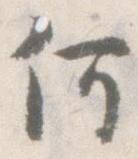
何